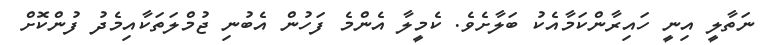
ނަތާލީ އިނީ ހައިރާންކަމާއެކު ބަލާށެވެ. ކެމީލާ އެންމެ ފަހުން އެބުނި ޖުމްލަތަކާއިމެދު ފުންކޮށް